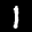
Label: 1